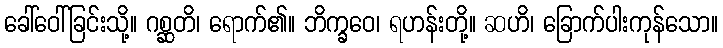
ခေါ်ဝေါ်ခြင်းသို့။ ဂစ္ဆတိ၊ ရောက်၏။ ဘိက္ခဝေ၊ ရဟန်းတို့။ ဆဟိ၊ ခြောက်ပါးကုန်သော။